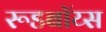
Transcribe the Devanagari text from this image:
रूडबॉय्स